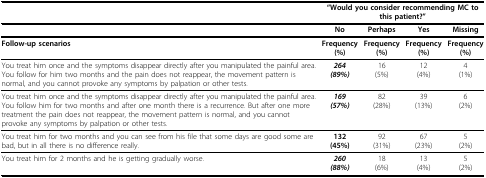
<table><thead><tr><td></td><td colspan="4"><b>&quot;Would you consider recommending MC to this patient?&quot;</b></td></tr></thead><tbody><tr><td></td><td><b>No</b></td><td><b>Perhaps</b></td><td><b>Yes</b></td><td><b>Missing</b></td></tr><tr><td><b>Follow-up scenarios</b></td><td><b>Frequency</b><b>(%)</b></td><td><b>Frequency</b><b>(%)</b></td><td><b>Frequency</b><b>(%)</b></td><td><b>Frequency</b><b>(%)</b></td></tr><tr><td>You treat him once and the symptoms disappear directly after you manipulated the painful area.You follow for him two months and the pain does not reappear, the movement pattern is normal, and you cannot provoke any symptoms by palpation or other tests.</td><td><b><i>264</i></b><b><i>(89%)</i></b></td><td>16(5%)</td><td>12(4%)</td><td>4(1%)</td></tr><tr><td>You treat him once and the symptoms disappear directly after you manipulated the painful area.You follow him for two months and after one month there is a recurrence. But after one more treatment the pain does not reappear, the movement pattern is normal, and you cannot provoke any symptoms by palpation or other tests.</td><td><b><i>169</i></b><b><i>(57%)</i></b></td><td>82(28%)</td><td>39(13%)</td><td>6(2%)</td></tr><tr><td>You treat him for two months and you can see from his file that some days are good some are bad, but in all there is no difference really.</td><td><b>132</b><b>(45%)</b></td><td>92(31%)</td><td>67(23%)</td><td>5(2%)</td></tr><tr><td>You treat him for 2 months and he is getting gradually worse.</td><td><b><i>260</i></b><b><i>(88%)</i></b></td><td>18(6%)</td><td>13(4%)</td><td>5(2%)</td></tr></tbody></table>